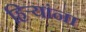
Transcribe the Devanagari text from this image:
हिऱ्यांना